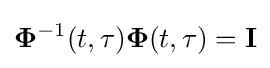
\mathbf {\Phi } ^{-1}(t,\tau )\mathbf {\Phi } (t,\tau )=\mathbf {I}